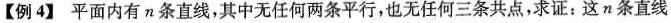
【例4】平面内有 n 条直线，其中无任何两条平行，也无任何三条共点，求证：这 n 条直线